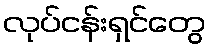
လုပ်ငန်းရှင်တွေ